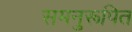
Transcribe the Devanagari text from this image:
समनुरूपित